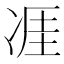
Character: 𪞢